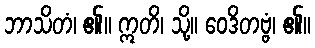
ဘာသိတံ၊ ၏။ ဣတိ၊ သို့။ ဝေဒိတဗ္ဗံ၊ ၏။